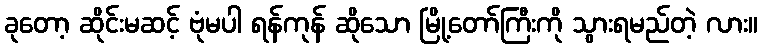
ခုတော့ ဆိုင်းမဆင့် ဗုံမပါ ရန်ကုန် ဆိုသော မြို့တော်ကြီးကို သွားရမည်တဲ့ လား။